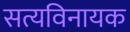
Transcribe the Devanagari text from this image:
सत्यविनायक